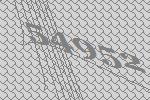
54952